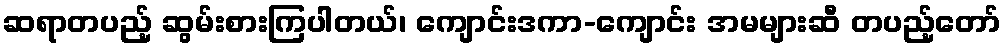
ဆရာတပည့် ဆွမ်းစားကြပါတယ်၊ ကျောင်းဒကာ-ကျောင်း အမများဆီ တပည့်တော်